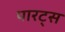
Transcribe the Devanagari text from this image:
पारट्स